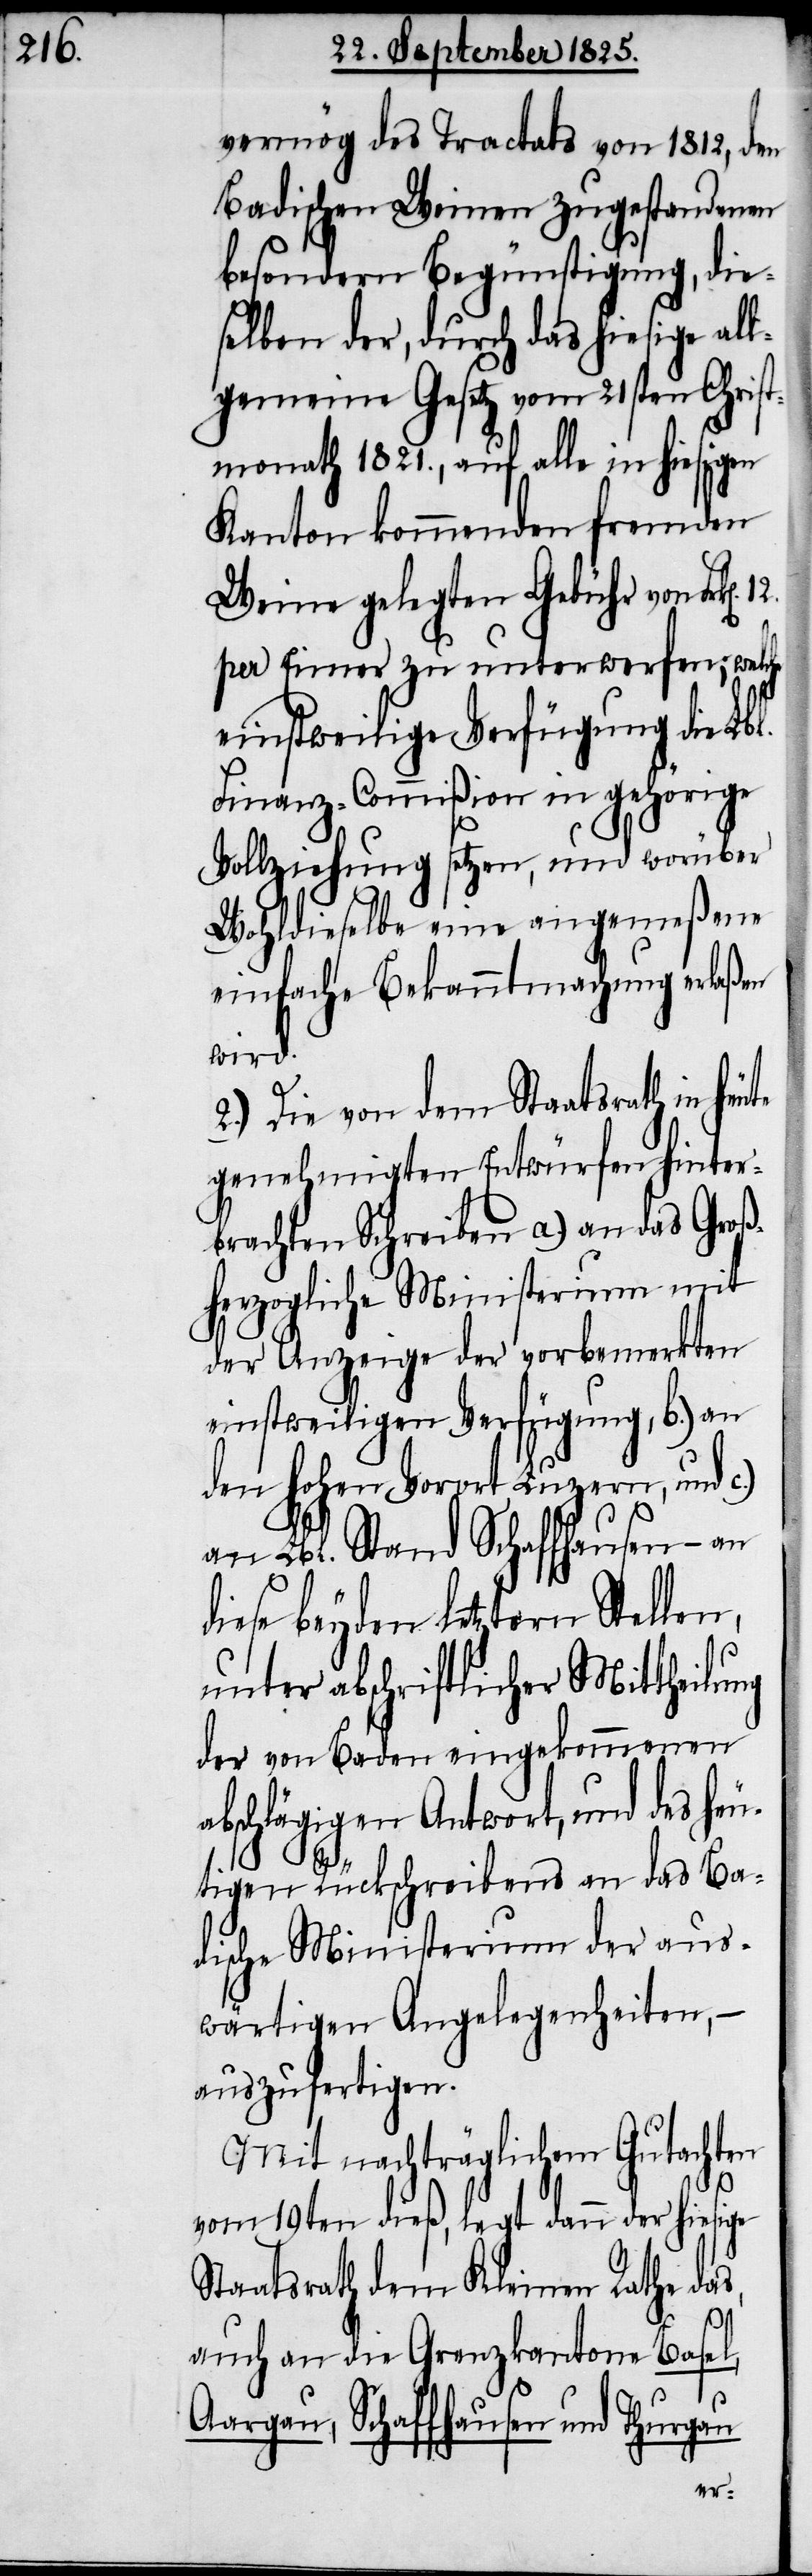
vermög des Tractats von 1812, den
Badischen Weinen zugestandenen
besondern Begünstigung, die¬
selben der, durch das hiesige all¬
gemeine Gesetz vom 21sten Christ¬
monath 1821., auf alle in hiesigen
Kanton kommenden fremden
Weine gelegten Gebühr von Frk[e¬
per Eimer zu unterwerfen; welche
einstweilige Verfügung die Lbl.
Finanz-Commißion in gehörige
Vollziehung setzen, und worüber
Wohldieselbe eine angemeßene
einfache Bekanntmachung erlaßen
wird.
2.) Die von dem Staatsrath in
genehmigten Entwürfen hinter¬
brachten Schreiben a.) an das Groß¬
herzogische Ministerium mit
der Anzeige der vorbemerkten
einstweiligen Verfügung, b.) an
den hohen Vorort Luzern, und c.)
an Lbl. Stand Schaffhausen – an
diese beyden letztern Stellen,
unter abschriftlicher Mittheilung
der von Baden eingekommenen
abschlägigen Antwort, und des heu¬
tigen Rückschreibens an das Ba¬
dische Ministerium der aus¬
wärtigen Angelegenheiten, –
auszufertigen.
Mit nachträglichem Gutachten
vom 19ten dieß, legt dann der hiesige
Staatsrath dem Kleinen Rathe da¬
s,
auch an die Grenzkantone Basel,
Aargau, Schaffhausen und Thurgau